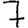
Digit: 7